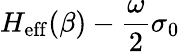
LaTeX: H_{\mathrm{eff}}(\beta)-\frac{\omega}{2}\sigma_{0}